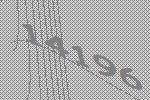
14196